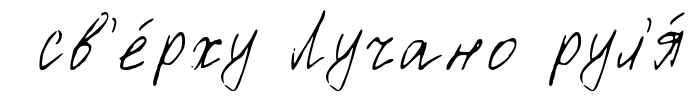
св'е́рху Лучано рул'я́